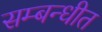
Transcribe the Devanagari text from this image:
सम्‍बन्‍धीत